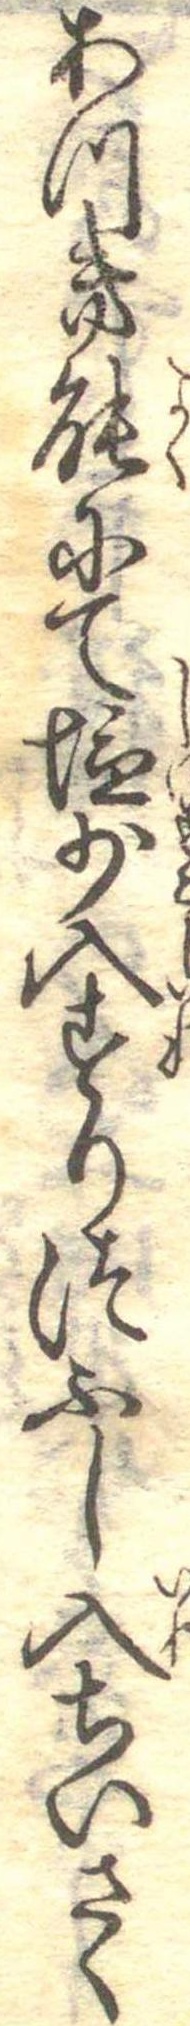
あつき能にて塩少入すりつふし入ちいさく